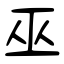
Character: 巫